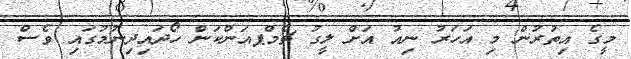
މީގެ އިތުރުން މި އަހަރު ނިއު އަށް ލީގު ޗެމްޕއަންކަން ހޯދައިދިނުމުގައި ވެސް